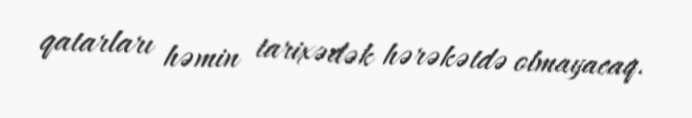
qatarları həmin tarixədək hərəkətdə olmayacaq.